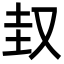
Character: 𡊋